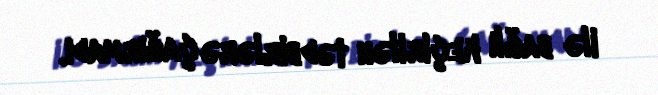
ilə bağlı keçirilən tədbirlərə çağırmadı.